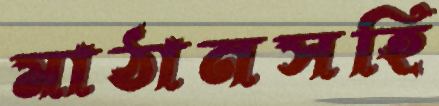
মাঠানসহি